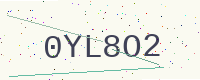
Text: 0YL8O2